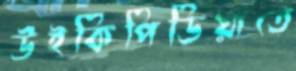
উইকিপিডিয়াতে